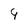
Character: 9